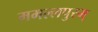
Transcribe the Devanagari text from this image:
ममल्लपुरम्